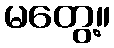
မတွေ့။